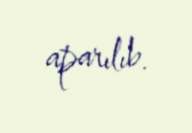
aparılıb.